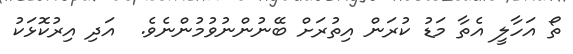
ތޯ އަހާލީ އެތާ މަޑު ކުރަން އިތުރަށް ބޭނުންނުވުމުންނެވެ.  އަދި އިރުކޮޅަކު